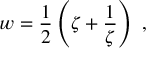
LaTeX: w = \frac 1 2 \left( \zeta + \frac { 1 } { \zeta } \right) \ ,